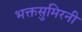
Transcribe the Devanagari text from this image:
भक्तसुमिरनी